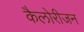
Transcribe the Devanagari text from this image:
कैलोरीजन